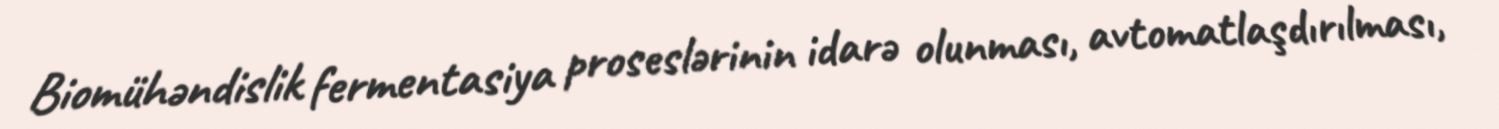
Biomühəndislik fermentasiya proseslərinin idarə olunması, avtomatlaşdırılması,